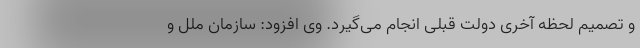
و تصمیم لحظه آخری دولت قبلی انجام می‌گیرد. وی افزود: سازمان ملل و